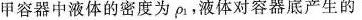
甲容器中液体的密度为\rho _ { 1 }，液体对容器底产生的